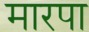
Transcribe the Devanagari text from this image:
मारपा